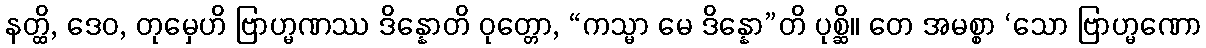
နတ္ထိ, ဒေဝ, တုမှေဟိ ဗြာဟ္မဏဿ ဒိန္နောတိ ဝုတ္တော, “ကသ္မာ မေ ဒိန္နော”တိ ပုစ္ဆိ။ တေ အမစ္စာ ‘သော ဗြာဟ္မဏော